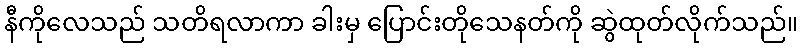
နီကိုလေသည် သတိရလာကာ ခါးမှ ပြောင်းတိုသေနတ်ကို ဆွဲထုတ်လိုက်သည်။